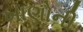
ખાણોની